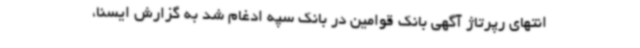
انتهای رپرتاژ آگهی بانک قوامین در بانک سپه ادغام شد به گزارش ایسنا،